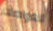
الغواصات